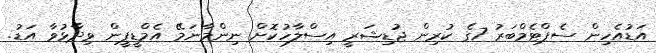
އަޑުއެހިން ސެޕްޓެމްބަރު 7ގެ ކުރިން ޖުޑިޝަރީ އިސްލާހުކޮށް ނިންމާނަމޭ އެމްޑީޕީން ވިދާޅުވާ އަޑު.